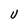
Character: U